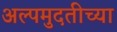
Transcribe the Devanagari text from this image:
अल्पमुदतीच्या